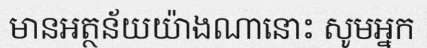
មានអត្ថន័យយ៉ាងណានោះ សូមអ្នក